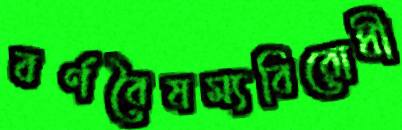
বর্ণবৈষম্যবিরোধী